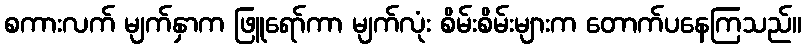
စကားလက် မျက်နှာက ဖြူရော်ကာ မျက်လုံး စိမ်းစိမ်းများက တောက်ပနေကြသည်။